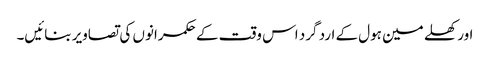
اور کھلے مین ہول کے ارد گرد اس وقت کے حکمرانوں کی تصاویر بنائیں۔